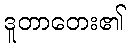
ဒူတာတေး၏